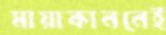
মায়াকাননেই